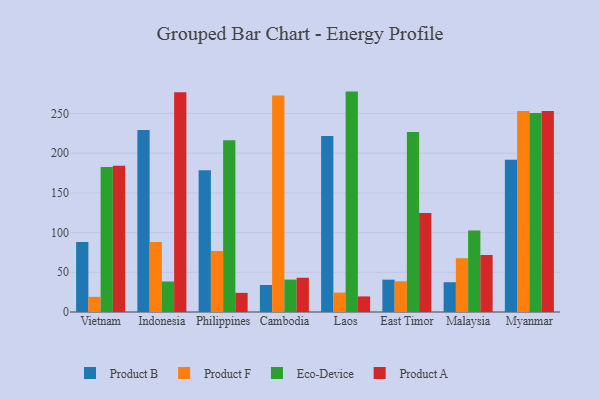
{"axis": {"x": "Country", "y": "Revenue (USD Million)"}, "legend": ["Eco-Device", "Product A", "Product B", "Product F"], "data": [{"x": "Vietnam", "y": 88.0, "type": "Product B"}, {"x": "Vietnam", "y": 19.1, "type": "Product F"}, {"x": "Vietnam", "y": 182.6, "type": "Eco-Device"}, {"x": "Vietnam", "y": 184.1, "type": "Product A"}, {"x": "Indonesia", "y": 229.0, "type": "Product B"}, {"x": "Indonesia", "y": 88.2, "type": "Product F"}, {"x": "Indonesia", "y": 38.4, "type": "Eco-Device"}, {"x": "Indonesia", "y": 276.6, "type": "Product A"}, {"x": "Philippines", "y": 178.4, "type": "Product B"}, {"x": "Philippines", "y": 76.7, "type": "Product F"}, {"x": "Philippines", "y": 216.2, "type": "Eco-Device"}, {"x": "Philippines", "y": 24.1, "type": "Product A"}, {"x": "Cambodia", "y": 34.0, "type": "Product B"}, {"x": "Cambodia", "y": 272.6, "type": "Product F"}, {"x": "Cambodia", "y": 40.8, "type": "Eco-Device"}, {"x": "Cambodia", "y": 43.1, "type": "Product A"}, {"x": "Laos", "y": 221.5, "type": "Product B"}, {"x": "Laos", "y": 24.4, "type": "Product F"}, {"x": "Laos", "y": 277.5, "type": "Eco-Device"}, {"x": "Laos", "y": 19.6, "type": "Product A"}, {"x": "East Timor", "y": 40.7, "type": "Product B"}, {"x": "East Timor", "y": 38.7, "type": "Product F"}, {"x": "East Timor", "y": 226.7, "type": "Eco-Device"}, {"x": "East Timor", "y": 124.8, "type": "Product A"}, {"x": "Malaysia", "y": 37.5, "type": "Product B"}, {"x": "Malaysia", "y": 67.7, "type": "Product F"}, {"x": "Malaysia", "y": 102.5, "type": "Eco-Device"}, {"x": "Malaysia", "y": 71.8, "type": "Product A"}, {"x": "Myanmar", "y": 191.8, "type": "Product B"}, {"x": "Myanmar", "y": 253.1, "type": "Product F"}, {"x": "Myanmar", "y": 250.4, "type": "Eco-Device"}, {"x": "Myanmar", "y": 253.1, "type": "Product A"}]}